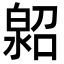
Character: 𤾌